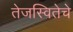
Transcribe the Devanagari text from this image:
तेजस्वितेचे